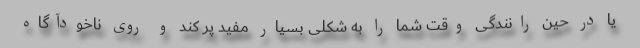
یا در حین رانندگی وقت شما را به شکلی بسیار مفید پر کند و روی ناخودآگاه